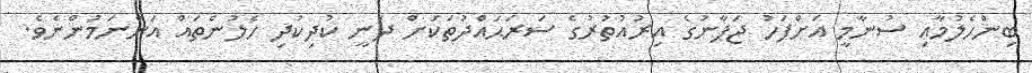
ބިންހެލުމާއި ސުނާމީ އަށްފަހު ޖަޕާނުގެ އިރުއުތުރުގެ ސަރަޙައްދުތަކަށް ދަނީ ކުދިކުދި ހެލުންތައް އަންނަމުންނެވެ.